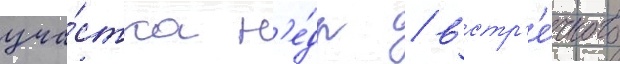
уча́стка н'е́др / встр'е́чного